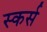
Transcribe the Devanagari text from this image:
स्कर्स